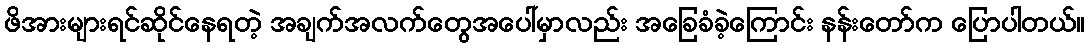
ဖိအားများရင်ဆိုင်နေရတဲ့ အချက်အလက်တွေအပေါ်မှာလည်း အခြေခံခဲ့ကြောင်း နန်းတော်က ပြောပါတယ်။